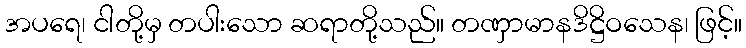
အပရေ၊ ငါတို့မှ တပါးသော ဆရာတို့သည်။ တဏှာမာနဒိဋ္ဌိဝသေန၊ ဖြင့်။